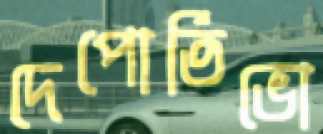
দেপোর্তিভো